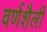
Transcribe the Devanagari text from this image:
वर्णशैली